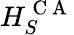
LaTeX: H_{S}^{\mathrm{~C~A~}}